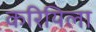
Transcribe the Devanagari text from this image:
करियिला